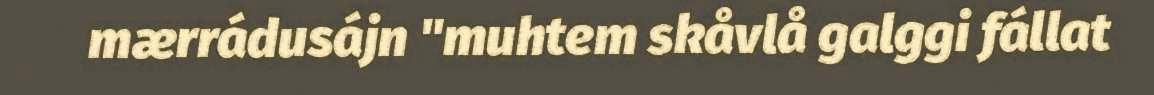
mærrádusájn "muhtem skåvlå galggi fállat